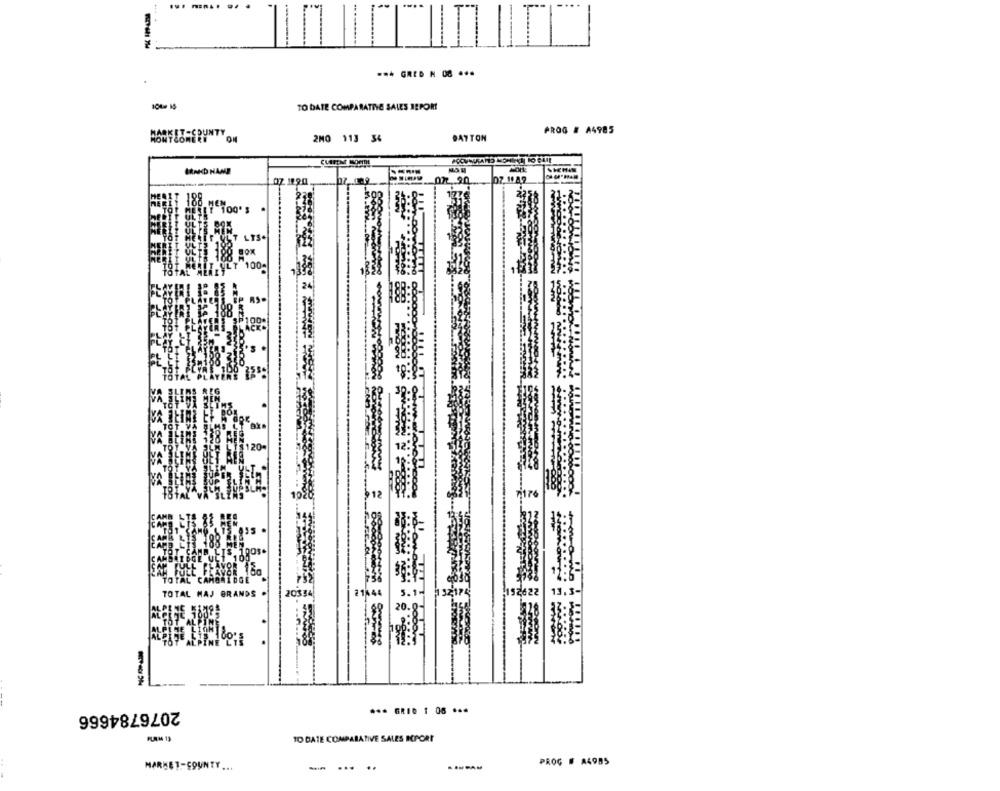
-.
...
*** GRED NO ***
TO DATE COMPARATIVE SALES REPORT
PROG # A4985
2MO 113 36
DAYTON
BRAND NAME
07. 11.90
2.90
07. 1082
ME
LYS*
T 100-
P AS-
20
TOTAL MAJ BRA
5.1
52622
2076784666
*** GRID 1 06 ***
TO DATE COMPARATIVE SALES ICPCAT
MARKET-COUNTY ...
PROG # A4985